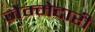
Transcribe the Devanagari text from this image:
जेम्मेदारी